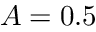
A = 0 . 5